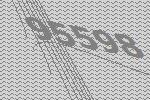
95598